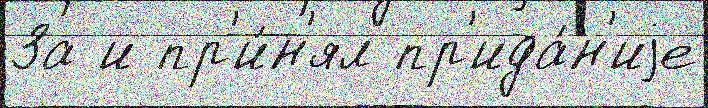
За и пр'и́н'ял пр'ида́н'иjе